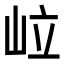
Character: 𡶧